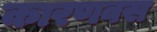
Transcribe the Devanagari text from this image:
कारणवस